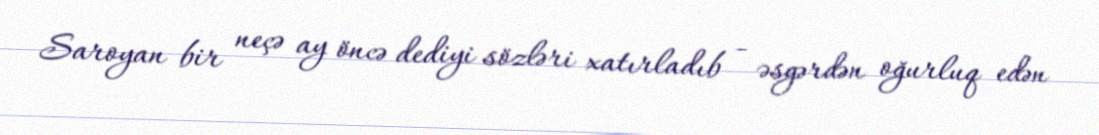
Saroyan bir neçə ay öncə dediyi sözləri xatırladıb - əsgərdən oğurluq edən